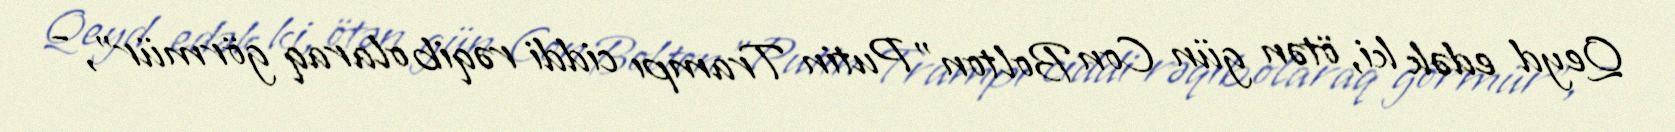
Qeyd edək ki, ötən gün Con Bolton "Putin Trampı ciddi rəqib olaraq görmür”, -